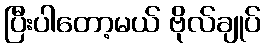
ပြီးပါတော့မယ် ဗိုလ်ချုပ်